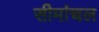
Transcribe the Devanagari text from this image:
सीमांचल